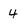
Character: 4